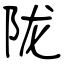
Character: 陇